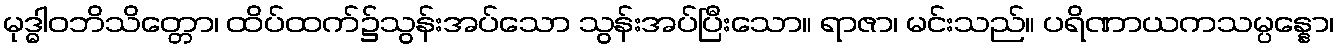
မုဒ္ဓါဝဘိသိတ္တော၊ ထိပ်ထက်၌သွန်းအပ်သော သွန်းအပ်ပြီးသော။ ရာဇာ၊ မင်းသည်။ ပရိဏာယကသမ္ပန္နော၊